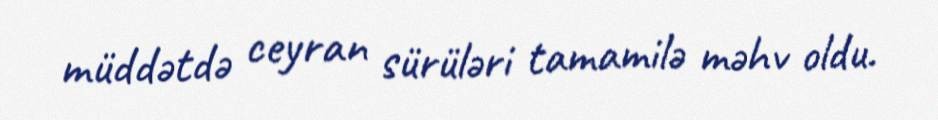
müddətdə ceyran sürüləri tamamilə məhv oldu.